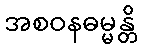
အစဝနဓမ္မန္တိ